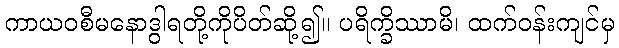
ကာယဝစီမနောဒွါရတို့ကိုပိတ်ဆို့၍။ ပရိက္ခိဿာမိ၊ ထက်ဝန်းကျင်မှ